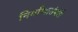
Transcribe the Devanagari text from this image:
निर्माणासंबंधी